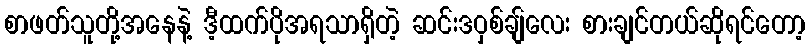
စာဖတ်သူတို့အနေနဲ့ ဒီ့ထက်ပိုအရသာရှိတဲ့ ဆင်းဒဝှစ်ချ်လေး စားချင်တယ်ဆိုရင်တော့